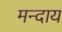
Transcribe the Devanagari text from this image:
मन्दाय